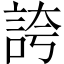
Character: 誇